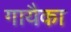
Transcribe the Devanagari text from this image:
गायैका